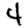
Digit: 4